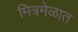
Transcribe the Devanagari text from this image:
मित्रमेळात